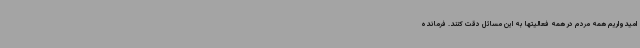
امیدواریم همه مردم در همه فعالیتها به این مسائل دقت کنند. فرمانده